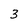
Character: 3